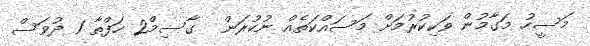
މަސީހު މަގާމުން ވަކިކުރުމަށް މަސައްކަތެއް ނުކުރަން  ގާސިމް2 ހަފްތާ 1 ދުވަސް